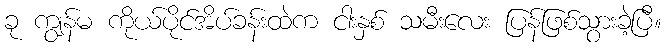
ခု ကျွန်မ ကိုယ်ပိုင်အိပ်ခန်းထဲက ငါးနှစ် သမီးလေး ပြန်ဖြစ်သွားခဲ့ပြီ။